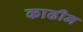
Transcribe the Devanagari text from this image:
काढीन